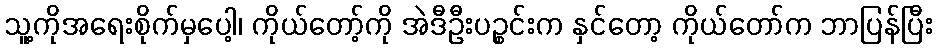
သူ့ကိုအရေးစိုက်မှပေါ့၊ ကိုယ်တော့်ကို အဲဒီဦးပဉ္စင်းက နှင်တော့ ကိုယ်တော်က ဘာပြန်ပြီး